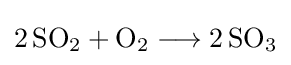
{2\,\mathrm {SO} {\vphantom {A}}_{\smash[{t}]{2}}{}+{}\mathrm {O} {\vphantom {A}}_{\smash[{t}]{2}}{}\mathrel {\longrightarrow } {}2\,\mathrm {SO} {\vphantom {A}}_{\smash[{t}]{3}}}